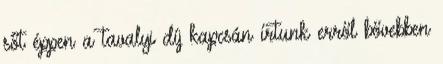
sőt éppen a tavalyi díj kapcsán írtunk erről bővebben